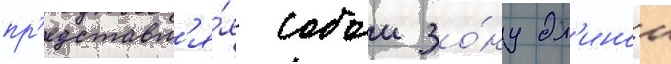
пр'едставл'я́я собои зо́ну дл'инои